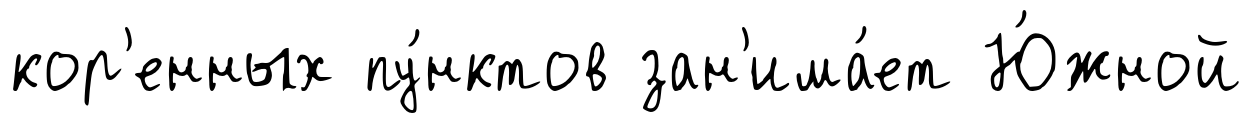
кор'енных пу́нктов зан'има́ет Ю́жной